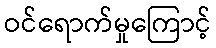
ဝင်ရောက်မှုကြောင့်